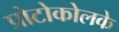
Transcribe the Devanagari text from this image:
प्रोटोकोलके